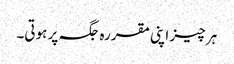
ہر چیز اپنی مقررہ جگہ پر ہوتی۔